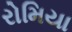
રોમિયા